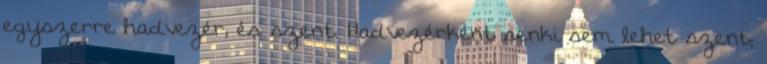
egyszerre hadvezér, és szent. Hadvezérként senki sem lehet szent;